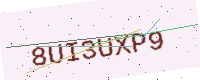
Text: 8UI3UXP9